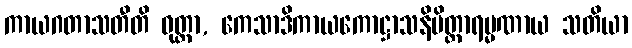
ကာယဂတာသတီတိ ဝုတ္တာ, ကေသာဒိကာယကောဋ္ဌာသနိမိတ္တာရမ္မဏာယ သတိယာ